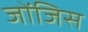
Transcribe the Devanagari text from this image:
जोंजिस